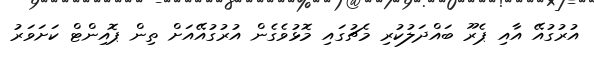
އުރުގުއޭ އާއި ޕެރޫ ބައްދަލުކުރި މެޗުގައި މޮޅުވެގެން އުރުގުއޭއަށް ތިން ޕޮއިންޓް ކަށަވަރު